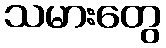
သမားတွေ